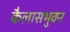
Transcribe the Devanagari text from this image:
कैलासभुवन